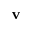
\mathbf { v }